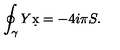
\oint _ { \gamma } Y \d x = - 4 i \pi S .